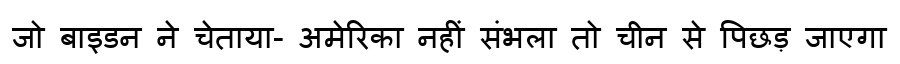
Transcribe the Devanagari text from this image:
जो बाइडन ने चेताया- अमेरिका नहीं संभला तो चीन से पिछड़ जाएगा